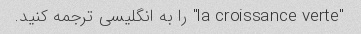
"la croissance verte" را به انگلیسی ترجمه کنید.